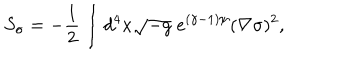
S _ { \sigma } = - \frac { 1 } { 2 } \int d ^ { 4 } x \sqrt { - g } \; e ^ { ( \gamma - 1 ) \psi } ( \nabla \sigma ) ^ { 2 } ,